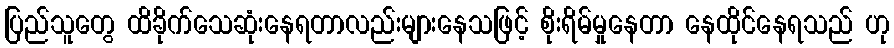
ပြည်သူတွေ ထိခိုက်သေဆုံးနေရတာလည်းများနေသဖြင့် စိုးရိမ်မှုနေတာ နေထိုင်နေရသည် ဟု